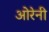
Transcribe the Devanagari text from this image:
ओरेनी